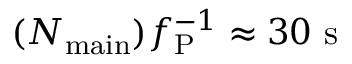
( N _ { \mathrm { m a i n } } ) f _ { \mathrm { P } } ^ { - 1 } \approx 3 0 ~ \mathrm { s }